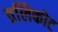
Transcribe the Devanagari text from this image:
तलिकोट